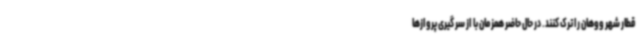
قطار شهر ووهان را ترک کنند. در حال حاضر همزمان با از سر گیری پروازها